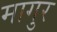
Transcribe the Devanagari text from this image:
मागुर